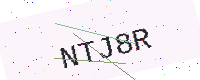
Text: NTJ8R